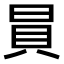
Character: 𧴴